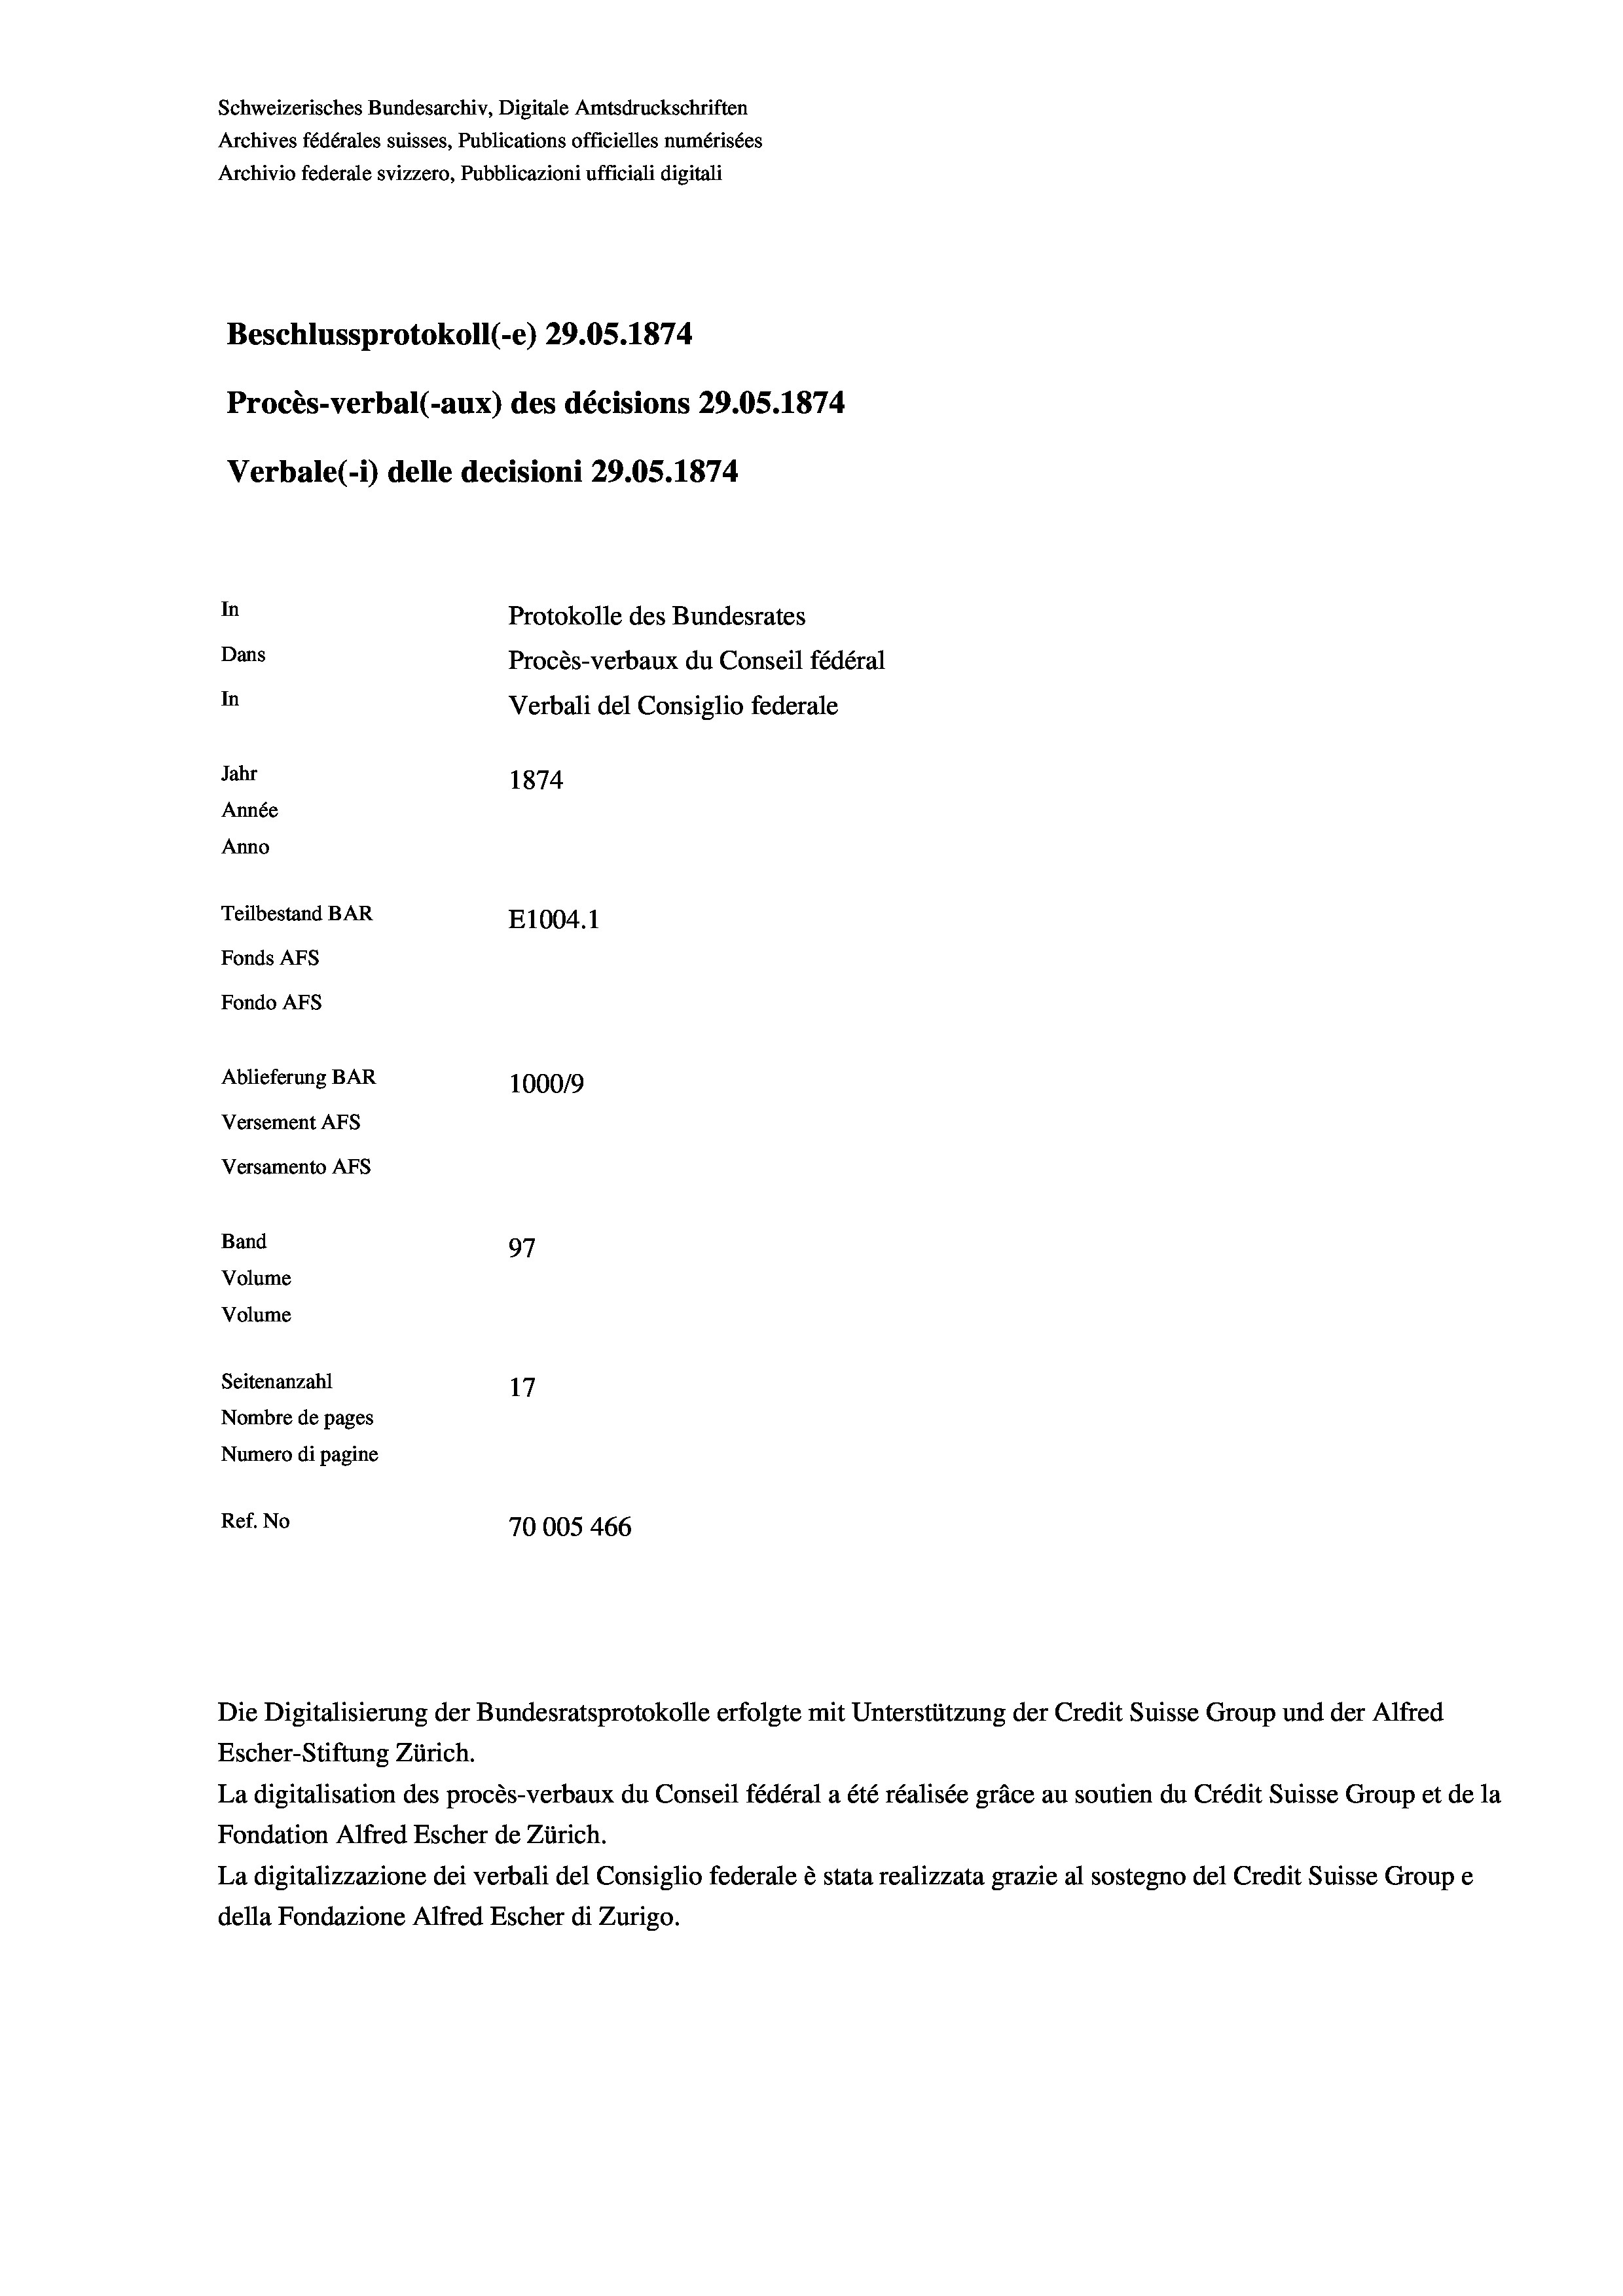
Schweizerisches Bundesarchiv, Digitale Amtsdruckschriften
Archives fédérales suisses, Publications officielles numérisées
Archivio federale svizzero, Pubblicazioni ufficiali digitali
Beschlussprotokoll (-e) 29.05. 1874
Procès-verbal (-aux) des décisions 29.05. 1874
Verbale(-*) delle decisioni 29.05. 1874

Versamento Afs
Band

97
Volume
Seitenanzahl
17
Nombre de pages
Numero di pagine
Ref. No
70005 466

In
Dans
In
Jahr
1874
Année
Anno
Teilbestand BAR
E1004.1
Fonds AFs
Fondo AFs
Ablieferung BAR
100019
Versement Abs

Volume

Die Digitalisierung der Bundesratsprotokolle erfolgte mit Unterstützung der Credit Suisse Group und der Alfred
Escher-Stiftung Zürich.
La digitalisation des procès-verbaux du Conseil fédéral a été réalisée gräce au soutien du Crédit Suisse Group et de la
Fondation Alfred Escher de Zürich.
La digitalizzazione dei verbali del Consiglio federale è stata realizzata grazie al sostegno del Credit Suisse Groupe
della Fondazione Alfred Escher di Zurigo.

Protokolle des Bundesrates
Procès-verbaux du Conseil fédéral
Verbali del Consiglio federale